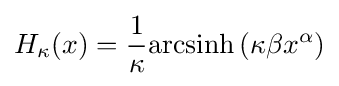
H_{\kappa }(x)={\frac {1}{\kappa }}{\textrm {arcsinh}}\left(\kappa \beta x^{\alpha }\right)